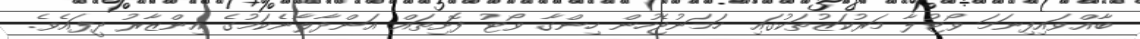
ބާއްވައިފިނަމަ ވޯޓުލާ މަރުކަޒުތަކުގައި ހަމަނުޖެހުން ހިންގާ ވޯޓު ފޮށިތައް އަންދާލާނެކަމުގެ އިންޒާރު ދީފައެވެ.